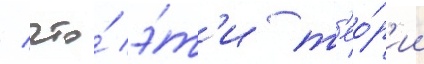
/ что́ э́т'и т'ео́р'ии